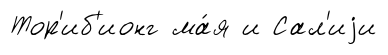
Тор'иб'ионг ма́я и Сал'иjи